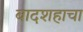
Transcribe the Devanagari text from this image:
बादशहाचा